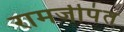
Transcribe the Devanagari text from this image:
रामजीपंत